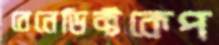
বেনেডিক্টকেপ